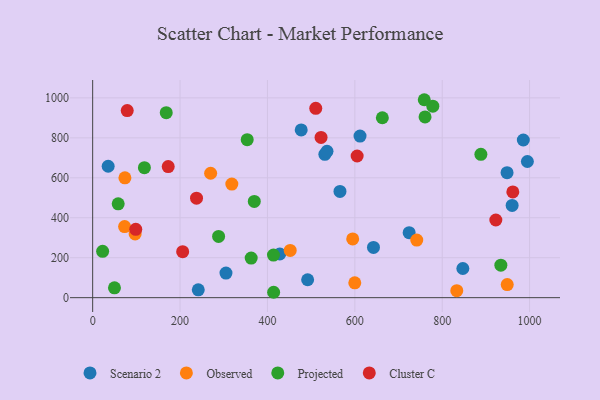
{"axis": {"x": "Speed", "y": "Exam Score"}, "legend": ["Cluster C", "Observed", "Projected", "Scenario 2"], "data": [{"x": "994.9", "y": 681.7, "type": "Scenario 2"}, {"x": "566.0", "y": 532.0, "type": "Scenario 2"}, {"x": "492.0", "y": 89.6, "type": "Scenario 2"}, {"x": "428.3", "y": 218.5, "type": "Scenario 2"}, {"x": "847.2", "y": 146.0, "type": "Scenario 2"}, {"x": "35.5", "y": 657.9, "type": "Scenario 2"}, {"x": "531.4", "y": 717.6, "type": "Scenario 2"}, {"x": "960.0", "y": 461.8, "type": "Scenario 2"}, {"x": "241.7", "y": 39.3, "type": "Scenario 2"}, {"x": "724.3", "y": 325.3, "type": "Scenario 2"}, {"x": "985.6", "y": 789.1, "type": "Scenario 2"}, {"x": "536.3", "y": 732.5, "type": "Scenario 2"}, {"x": "948.4", "y": 625.6, "type": "Scenario 2"}, {"x": "477.3", "y": 839.8, "type": "Scenario 2"}, {"x": "305.1", "y": 123.1, "type": "Scenario 2"}, {"x": "611.9", "y": 808.7, "type": "Scenario 2"}, {"x": "642.7", "y": 251.3, "type": "Scenario 2"}, {"x": "452.1", "y": 236.7, "type": "Observed"}, {"x": "73.1", "y": 356.0, "type": "Observed"}, {"x": "97.2", "y": 318.8, "type": "Observed"}, {"x": "270.0", "y": 622.7, "type": "Observed"}, {"x": "599.9", "y": 74.3, "type": "Observed"}, {"x": "595.1", "y": 294.1, "type": "Observed"}, {"x": "318.5", "y": 568.4, "type": "Observed"}, {"x": "73.8", "y": 600.0, "type": "Observed"}, {"x": "948.8", "y": 65.5, "type": "Observed"}, {"x": "833.3", "y": 34.8, "type": "Observed"}, {"x": "741.7", "y": 288.4, "type": "Observed"}, {"x": "288.2", "y": 306.8, "type": "Projected"}, {"x": "118.4", "y": 650.7, "type": "Projected"}, {"x": "22.8", "y": 232.2, "type": "Projected"}, {"x": "369.9", "y": 481.5, "type": "Projected"}, {"x": "362.8", "y": 198.4, "type": "Projected"}, {"x": "168.4", "y": 926.2, "type": "Projected"}, {"x": "353.7", "y": 791.0, "type": "Projected"}, {"x": "888.5", "y": 717.4, "type": "Projected"}, {"x": "663.0", "y": 900.6, "type": "Projected"}, {"x": "778.5", "y": 958.6, "type": "Projected"}, {"x": "414.2", "y": 27.0, "type": "Projected"}, {"x": "758.9", "y": 990.8, "type": "Projected"}, {"x": "413.8", "y": 213.4, "type": "Projected"}, {"x": "49.9", "y": 49.1, "type": "Projected"}, {"x": "58.4", "y": 469.9, "type": "Projected"}, {"x": "760.7", "y": 904.6, "type": "Projected"}, {"x": "934.2", "y": 162.4, "type": "Projected"}, {"x": "961.6", "y": 529.3, "type": "Cluster C"}, {"x": "237.7", "y": 498.0, "type": "Cluster C"}, {"x": "172.9", "y": 656.4, "type": "Cluster C"}, {"x": "510.6", "y": 947.9, "type": "Cluster C"}, {"x": "79.1", "y": 936.7, "type": "Cluster C"}, {"x": "522.7", "y": 802.3, "type": "Cluster C"}, {"x": "206.0", "y": 230.3, "type": "Cluster C"}, {"x": "605.3", "y": 709.0, "type": "Cluster C"}, {"x": "922.7", "y": 388.7, "type": "Cluster C"}, {"x": "98.6", "y": 341.9, "type": "Cluster C"}]}